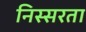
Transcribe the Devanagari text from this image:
निस्सरता